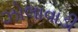
ઝોલાવાડી